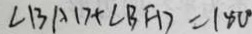
\angle B A D + \angle B F D = 1 8 0 ^ { \circ }